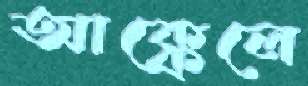
আক্কেলে